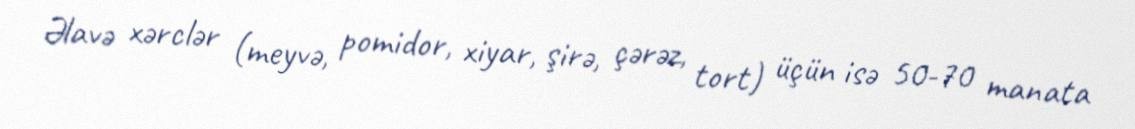
Əlavə xərclər (meyvə, pomidor, xiyar, şirə, çərəz, tort) üçün isə 50-70 manata